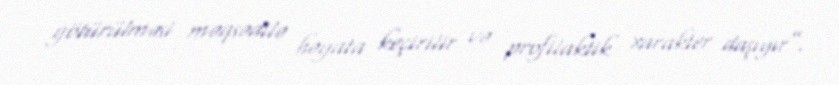
götürülməsi məqsədilə həyata keçirilir və profilaktik xarakter daşıyır”.